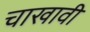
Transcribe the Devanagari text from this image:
चाखावी